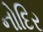
નોદિર